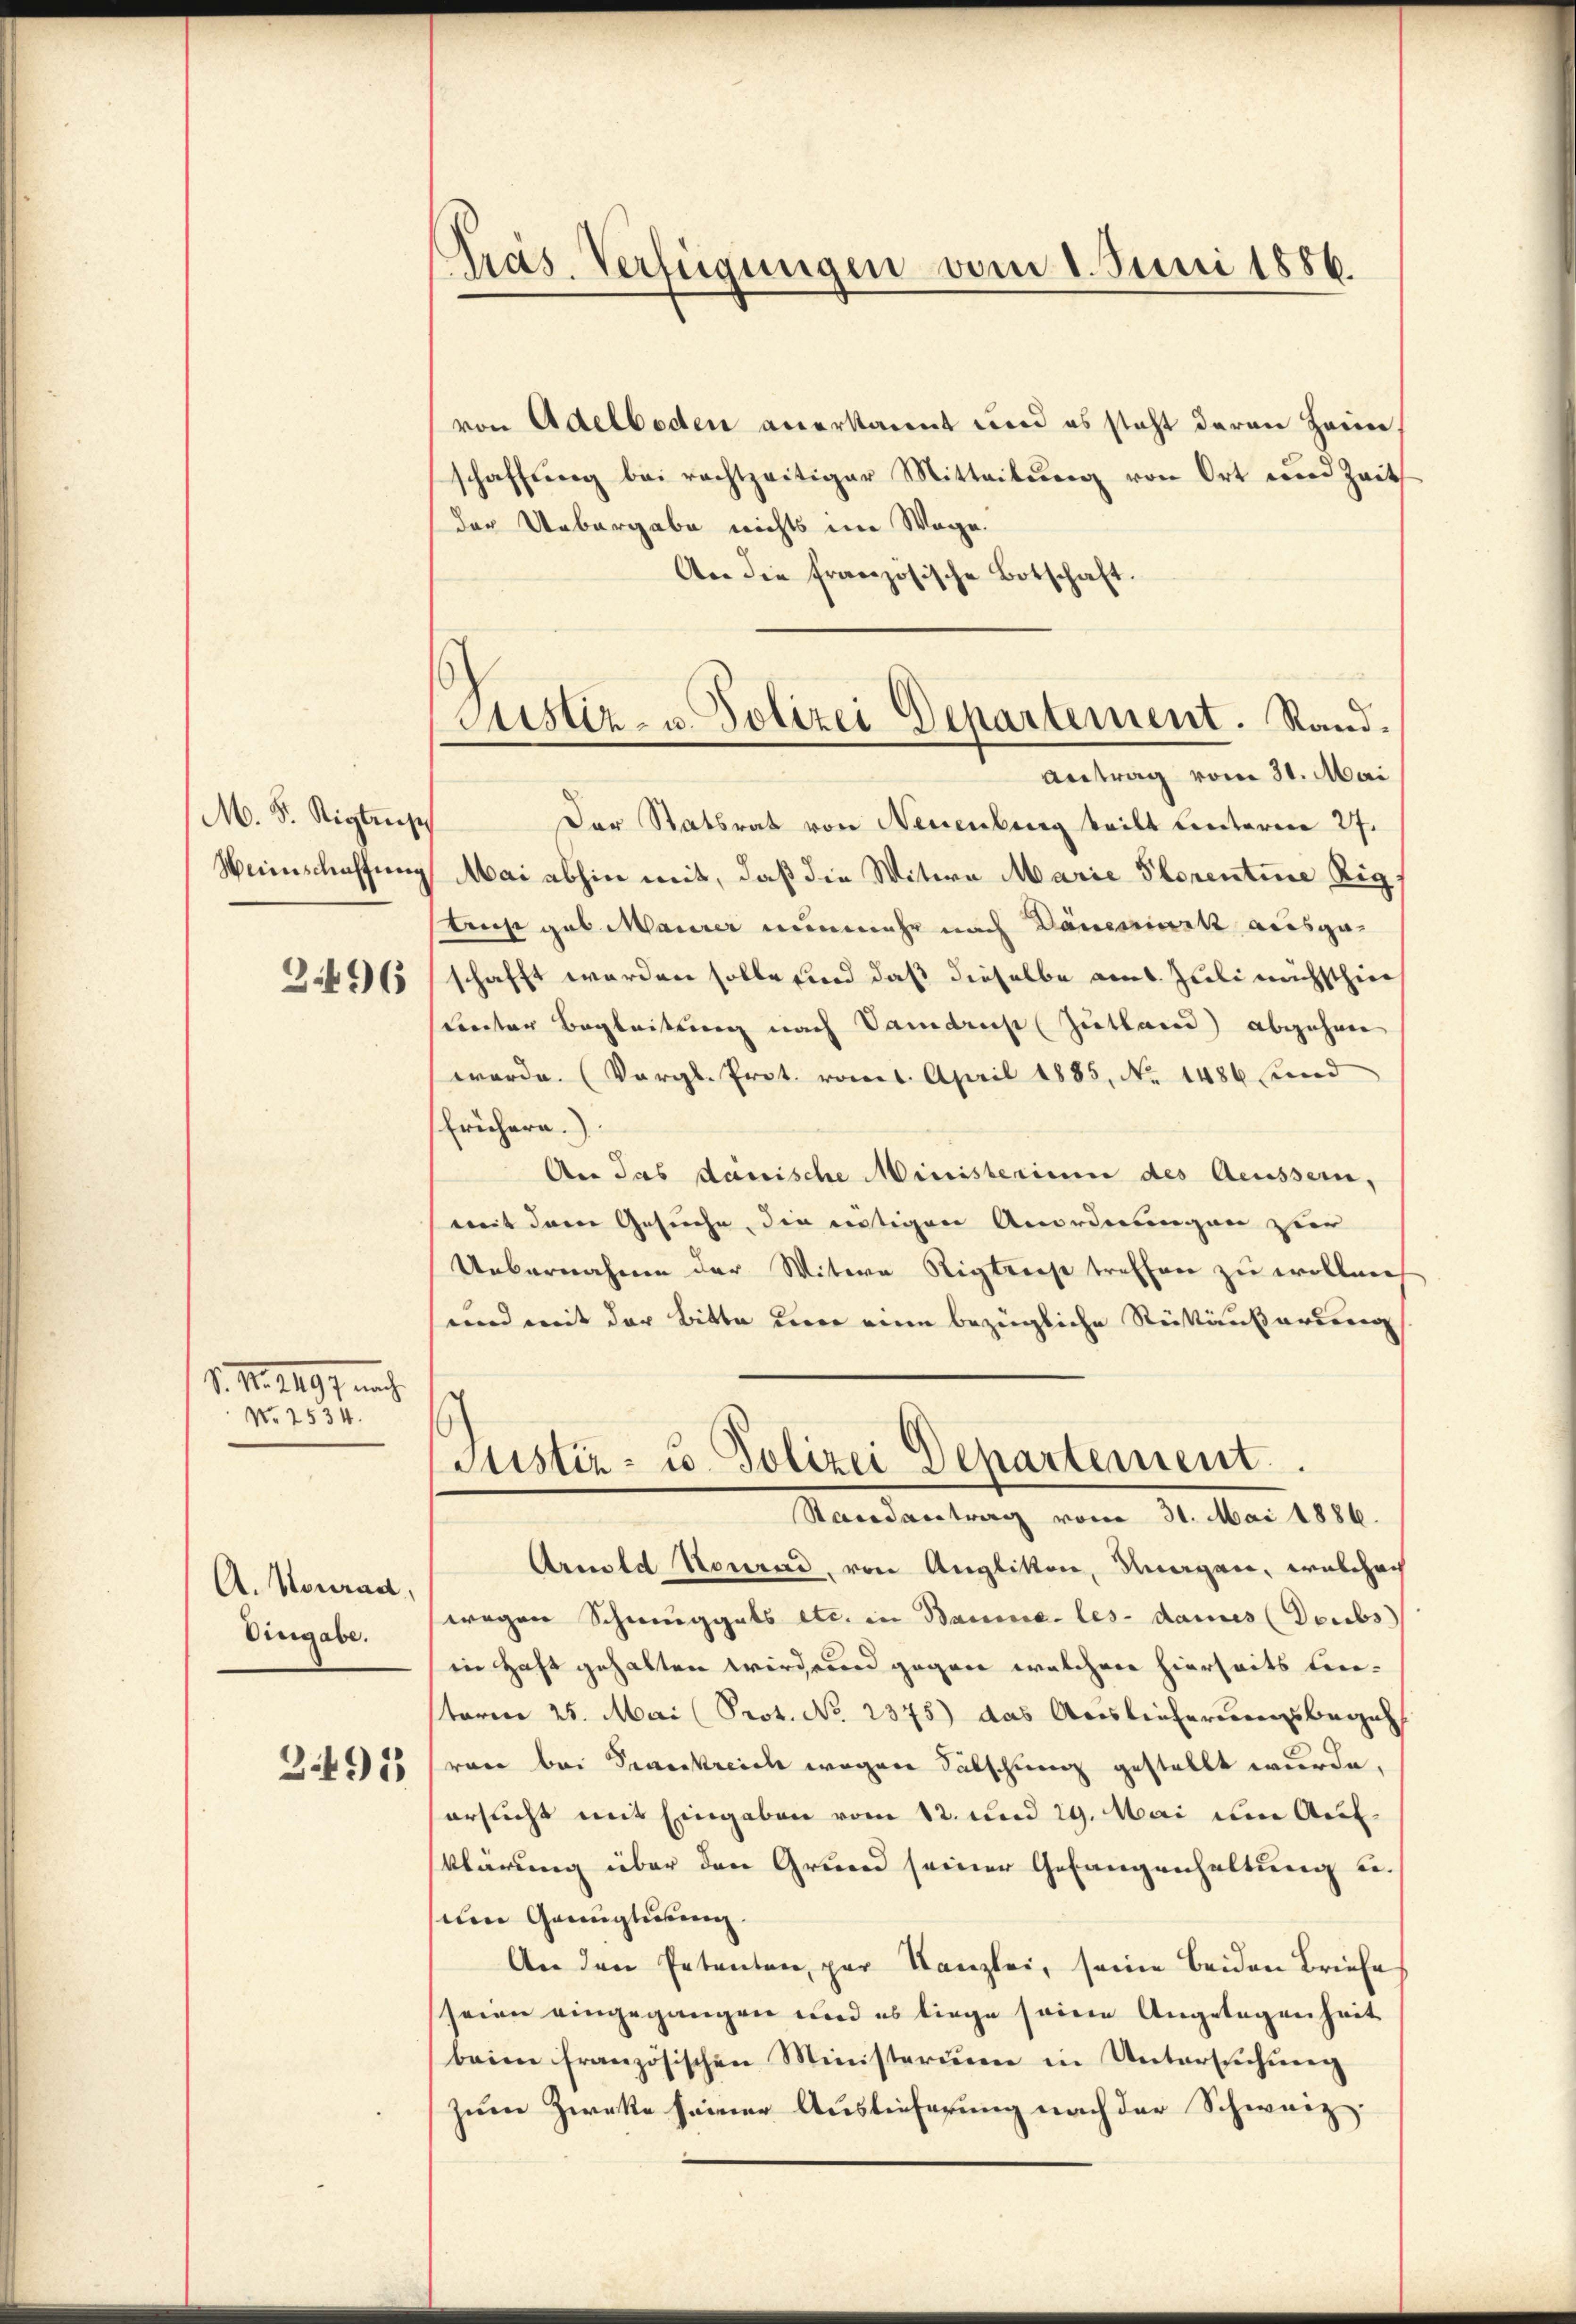
M. F. Rigtens
Weinschaffung
3496

S. Nr. 491. nich
No 2534.

A. Konrad
Eingabe.

3.491

Präs. Verfügungen vom 1. Juni 1886.

Justiz- u. Polizei Departement. Stand¬
Antrag vom 31. Mai

von Adelboden anerkannt und es steht daran Herre
schaffung bei rechtzeitiger Mitteilung von Ort und Zeit
der Uebergabe nichts im Wege.
An die französische Botschaft.
Der Statsrat von Neuenburg teilt leiteren 27.
Mai abhin mit, daß die Witwe Marie Storentine Rig
truhe gab Maurer nunmehr nach Dänessinck ausgaschafft werden solle und daß dieselbe am 1. Juli nächsthin
sunter Begleitung nach Samdricht (Zutland) abgehen
werde. (Vergl. Prot. vom April 1885, No. 1486 fund
frühern.)
An das danische Ministerium des Aeussern,
mit dem Gesuche, die mutigen Anordnungen zur
Uebernahmen der Witwe Rigtest treffen zu wollen,
und mit der Bitte der eine bezügliche Rükäußerung
Justiz- u. Polizei Departement.
Randantrag vom 31. Mai 1886.
Arnold Konrad, von Anglikon, Kragen, welchach
wegen Schmuggats etc. in Baume-les-dames (Doubs
in Haft gehalten wird und gegen welchere hierseits linstorie 25. Mai (Prot. No 2375) das Auslieferungsbegeh
rare bei Severkreich wegen Fälschung gestellt wurde,
ersucht mit Eingaben vom 12. und 29. Mai um Aufklärung über den Grund seiner Gefangenhaltung u.
um Genugtuung.
An den Petenten, par Kanzlei, seine beiden Briefe
seien eingegangen und es liege seinen Angelegenheit
beim französischen Ministerium in Untersŭchŭng
zum Zwecke seiner Auslieferung nach der Schweiz.